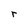
Character: r